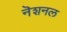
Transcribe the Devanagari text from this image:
नॆशनल